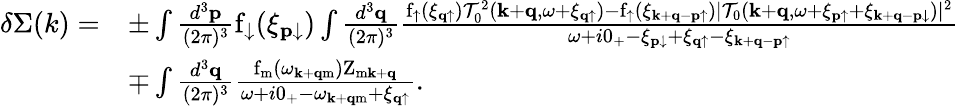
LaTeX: \begin{array}{rl}{\delta\Sigma(k)=}&{\pm\int\frac{d^{3}\mathbf{p}}{(2\pi)^{3}}\mathrm{f}_{\downarrow}(\xi_{\mathbf{p}\downarrow})\int\frac{d^{3}\mathbf{q}}{(2\pi)^{3}}\frac{\mathrm{f}_{\uparrow}(\xi_{\mathbf{q}\uparrow})\mathcal{T}_{0}^{2}(\mathbf{k}+\mathbf{q},\omega+\xi_{\mathbf{q}\uparrow})-\mathrm{f}_{\uparrow}(\xi_{\mathbf{k}+\mathbf{q}-\mathbf{p}\uparrow})|\mathcal{T}_{0}(\mathbf{k}+\mathbf{q},\omega+\xi_{\mathbf{p}\uparrow}+\xi_{\mathbf{k}+\mathbf{q}-\mathbf{p}\downarrow})|^{2}}{\omega+i0_{+}-\xi_{\mathbf{p}\downarrow}+\xi_{\mathbf{q}\uparrow}-\xi_{\mathbf{k}+\mathbf{q}-\mathbf{p}\uparrow}}}\\ &{\mp\int\frac{d^{3}\mathbf{q}}{(2\pi)^{3}}\frac{\mathrm{f}_{\mathrm{m}}(\omega_{\mathbf{k}+\mathbf{q}\mathrm{m}})\mathrm{Z}_{\mathrm{m}\mathbf{k}+\mathbf{q}}}{\omega+i0_{+}-\omega_{\mathbf{k}+\mathbf{q}\mathrm{m}}+\xi_{\mathbf{q}\uparrow}}.}\end{array}